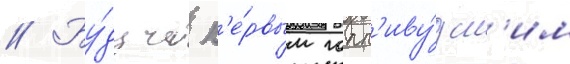
// Бу́дучи п'е́рвым голл'иву́дск'им